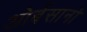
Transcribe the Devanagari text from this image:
ओर्बसानो